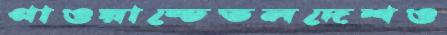
গাওয়ান্ডেতলদেশও